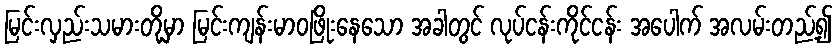
မြင်းလှည်းသမားတို့မှာ မြင်းကျန်းမာဝဖြိုးနေသော အခါတွင် လုပ်ငန်းကိုင်ငန်း အပေါက် အလမ်းတည့်၍